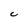
Character: C